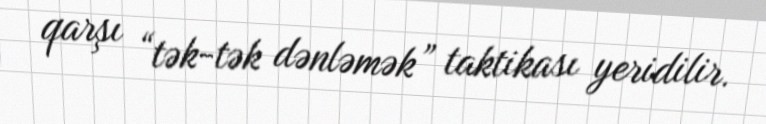
qarşı “tək-tək dənləmək” taktikası yeridilir.